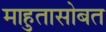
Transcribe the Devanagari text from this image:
माहुतासोबत